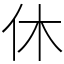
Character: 休